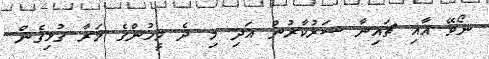
ނޯވޭ އާއި ޗައިނާ ސަރުކާރުން އަދި މި ދެ މީހުންގެ މަރާ ގުޅިގެން